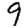
Digit: 9